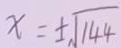
x = \pm \sqrt { 1 4 4 }